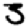
Digit: 3